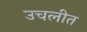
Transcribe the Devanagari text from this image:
उचलीत